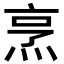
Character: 烹